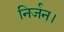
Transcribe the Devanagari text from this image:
निर्जन।